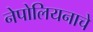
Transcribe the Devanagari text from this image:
नेपोलियनाचे